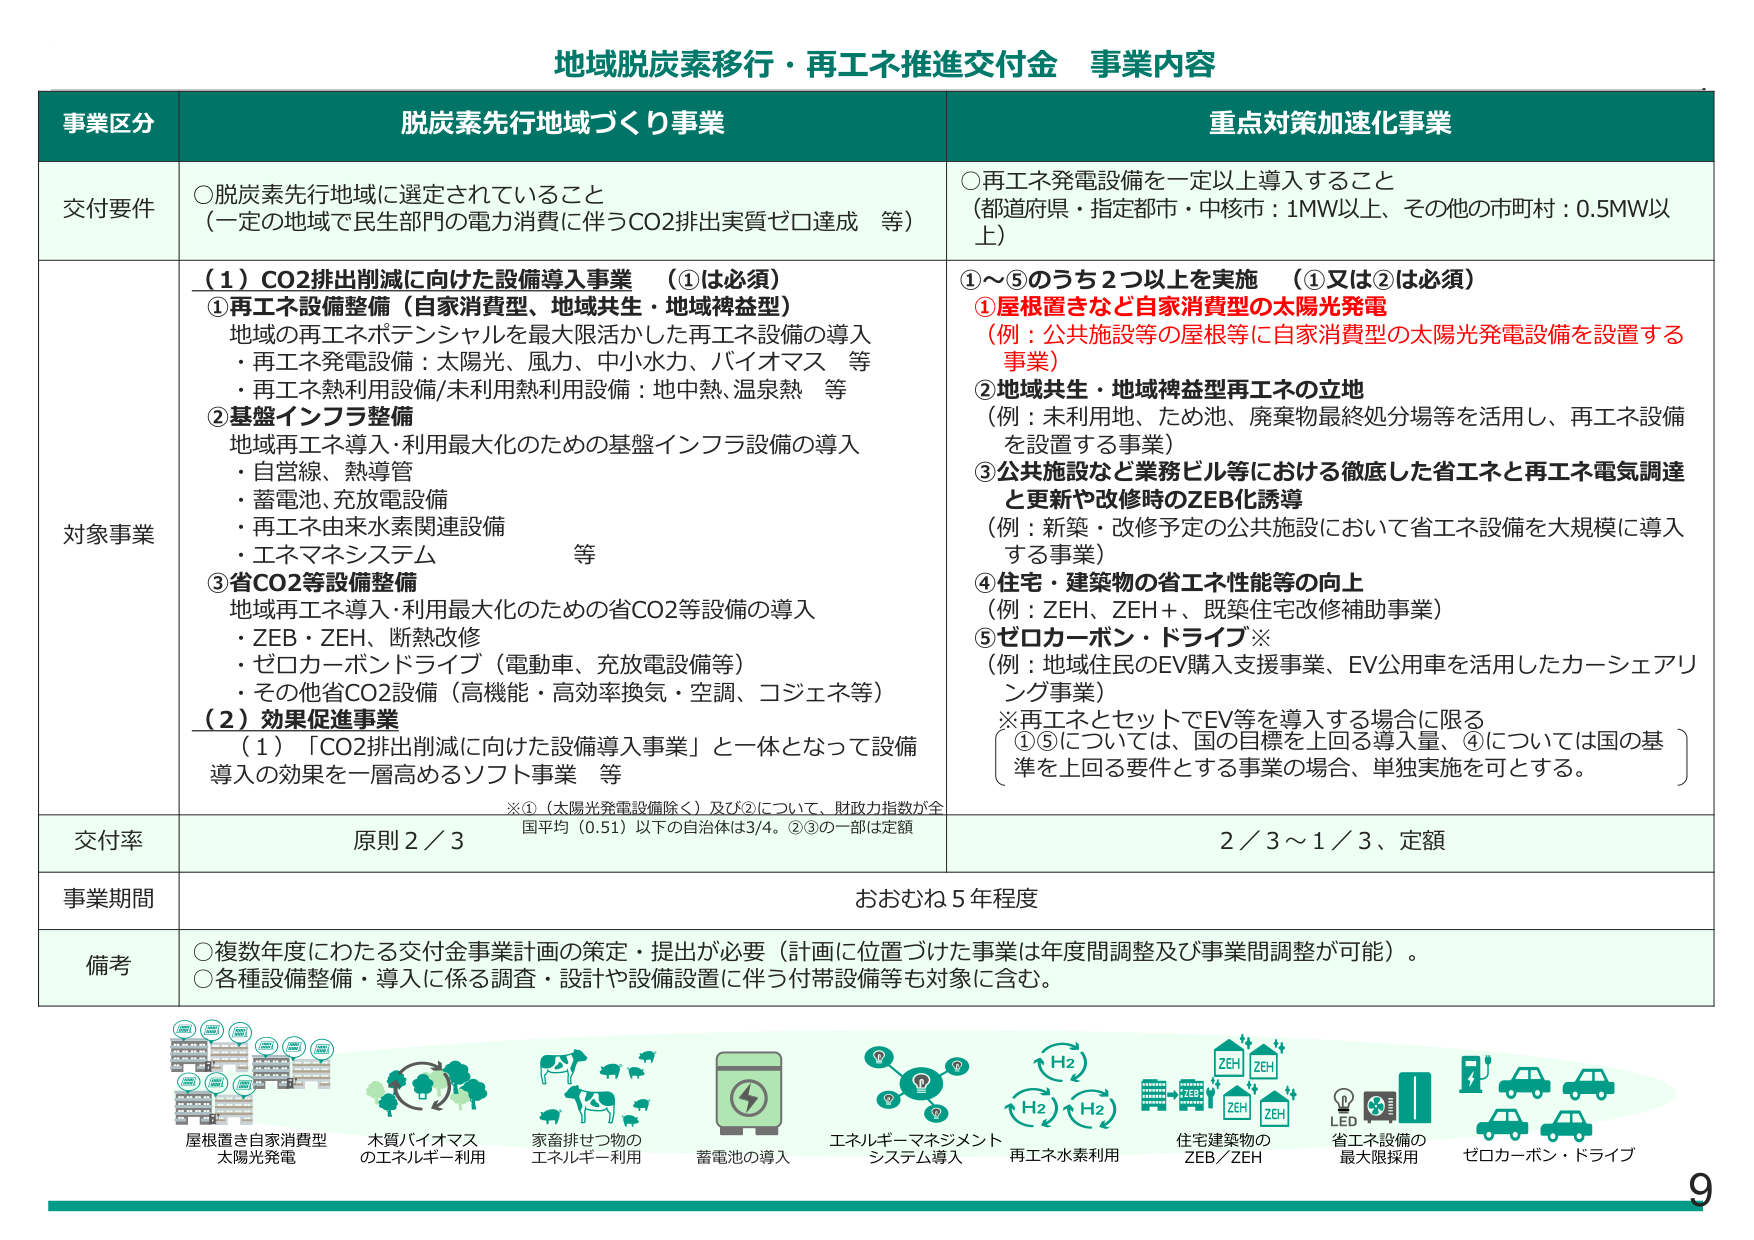
地域脱炭素移行・再エネ推進交付金 事業内容

事業区分 脱炭素先行地域づくり事業 重点対策加速化事業

交付要件 ○脱炭素先行地域に選定されていること （一定の地域で民生部門の電力消費に伴うCO2排出実質ゼロ達成 等） ○再エネ発電設備を一定以上導入すること （都道府県・指定都市・中核市：1MW以上、その他の市町村：0.5MW以上）

対象事業 （１）CO2排出削減に向けた設備導入事業 （①は必須） ①再エネ設備整備（自家消費型、地域共生・地域裨益型） 地域の再エネポテンシャルを最大限活かした再エネ設備の導入 ・再エネ発電設備：太陽光、風力、中小水力、バイオマス 等 ・再エネ熱利用設備/未利用熱利用設備：地中熱、温泉熱 等 ②基盤インフラ整備 地域再エネ導入・利用最大化のための基盤インフラ設備の導入 ・自営線、熱導管 ・蓄電池、充放電設備 ・再エネ由来水素関連設備 ・エネマネシステム 等 ③省CO2等設備整備 地域再エネ導入・利用最大化のための省CO2等設備の導入 ・ZEB・ZEH、断熱改修 ・ゼロカーボンドライブ（電動車、充放電設備等） ・その他省CO2設備（高機能・高効率換気・空調、コジェネ等） （２）効果促進事業 （1）「CO2排出削減に向けた設備導入事業」と一体となって設備導入の効果を一層高めるソフト事業 等 ※①（太陽光発電設備除く）及び②について、財政力指数が全国平均（0.51）以下の自治体は3/4。②③の一部は定額 ①～⑤のうち2つ以上を実施 （①又は②は必須） ①屋根置きなど自家消費型の太陽光発電 （例：公共施設等の屋根等に自家消費型の太陽光発電設備を設置する事業） ②地域共生・地域裨益型再エネの立地 （例：未利用地、ため池、廃棄物最終処分場等を活用し、再エネ設備を設置する事業） ③公共施設など業務ビル等における徹底した省エネと再エネ電気調達と更新や改修時のZEB化誘導 （例：新築・改修予定の公共施設において省エネ設備を大規模に導入する事業） ④住宅・建築物の省エネ性能等の向上 （例：ZEH、ZEH+、既築住宅改修補助事業） ⑤ゼロカーボン・ドライブ※ （例：地域住民のEV購入支援事業、EV公用車を活用したカーシェアリング事業） ※再エネとセットでEV等を導入する場合に限る ①⑤については、国の目標を上回る導入量、④については国の基準を上回る要件とする事業の場合、単独実施を可とする。

交付率 原則2／3 2／3～1／3、定額

事業期間 おおむね5年程度

備考 ○複数年度にわたる交付金事業計画の策定・提出が必要（計画に位置づけた事業は年度間調整及び事業間調整が可能）。 ○各種設備整備・導入に係る調査・設計や設備設置に伴う付帯設備等も対象に含む。

屋根置き自家消費型 太陽光発電 木質バイオマス のエネルギー利用 家畜排せつ物の エネルギー利用 蓄電池の導入 エネルギーマネジメント システム導入 再エネ水素利用 住宅建築物の ZEB／ZEH 省エネ設備の 最大限採用 ゼロカーボン・ドライブ

9